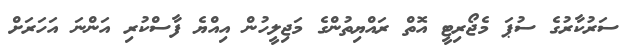
ސަރުކާރުގެ ސުޕަ މެޖޯރިޓީ އޮތް ރައްޔިތުންގެ މަޖިލީހުން އިއްޔެ ފާސްކުރި އަންނަ އަހަރަށް